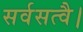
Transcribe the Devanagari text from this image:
सर्वसत्वै।